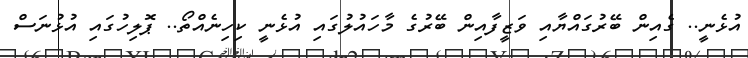
އުޅެނީ.. ގެއިން ބޭރުގައްޔާއި ވަޒީފާއިން ބޭރުގެ މާހައުލުގައި އުޅެނީ ކިހިނެއްތޯ.. ޕޮލިހުގައި އުޅުނަސް